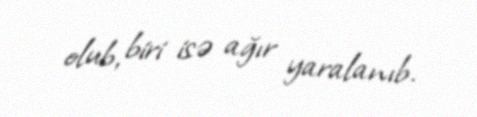
olub, biri isə ağır yaralanıb.